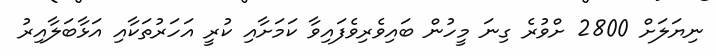
ނިޔަަލަށް 2800 ށްވުރެ ގިނަ މީހުން ބައިވެރިވެފައިވާ ކަމަށާއި ކުރީ އަހަރުތަކާއި އަޅާބަލާއިރު